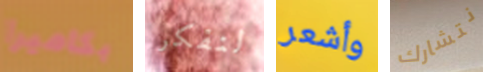
بكاميرا لنفكر وأشعر نتشارك